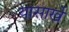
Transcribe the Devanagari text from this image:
यासार्खे